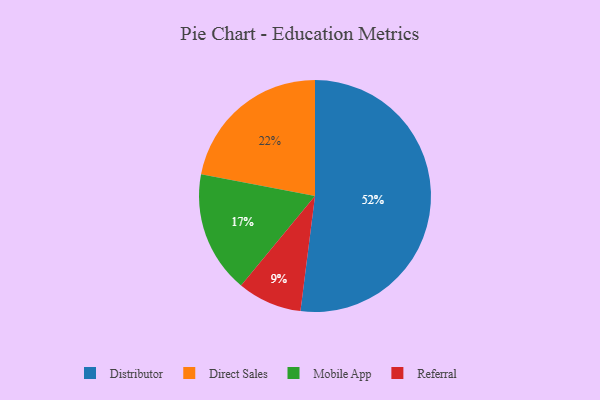
{"axis": {"x": "Category", "y": "Percentage"}, "legend": ["Direct Sales", "Distributor", "Mobile App", "Referral"], "data": [{"x": "Distributor", "y": 52, "type": "Distributor"}, {"x": "Referral", "y": 9, "type": "Referral"}, {"x": "Direct Sales", "y": 22, "type": "Direct Sales"}, {"x": "Mobile App", "y": 17, "type": "Mobile App"}]}